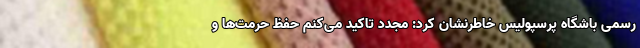
رسمی باشگاه پرسپولیس خاطرنشان کرد: مجدد تاکید می‌کنم حفظ حرمت‌ها و